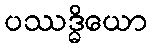
ပဿဒ္ဓိယော